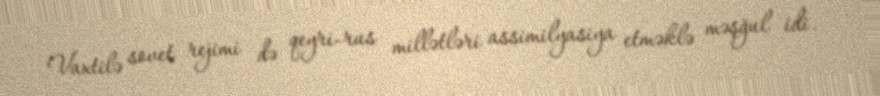
Vaxtilə sovet rejimi də qeyri-rus millətləri assimilyasiya etməklə məşğul idi.